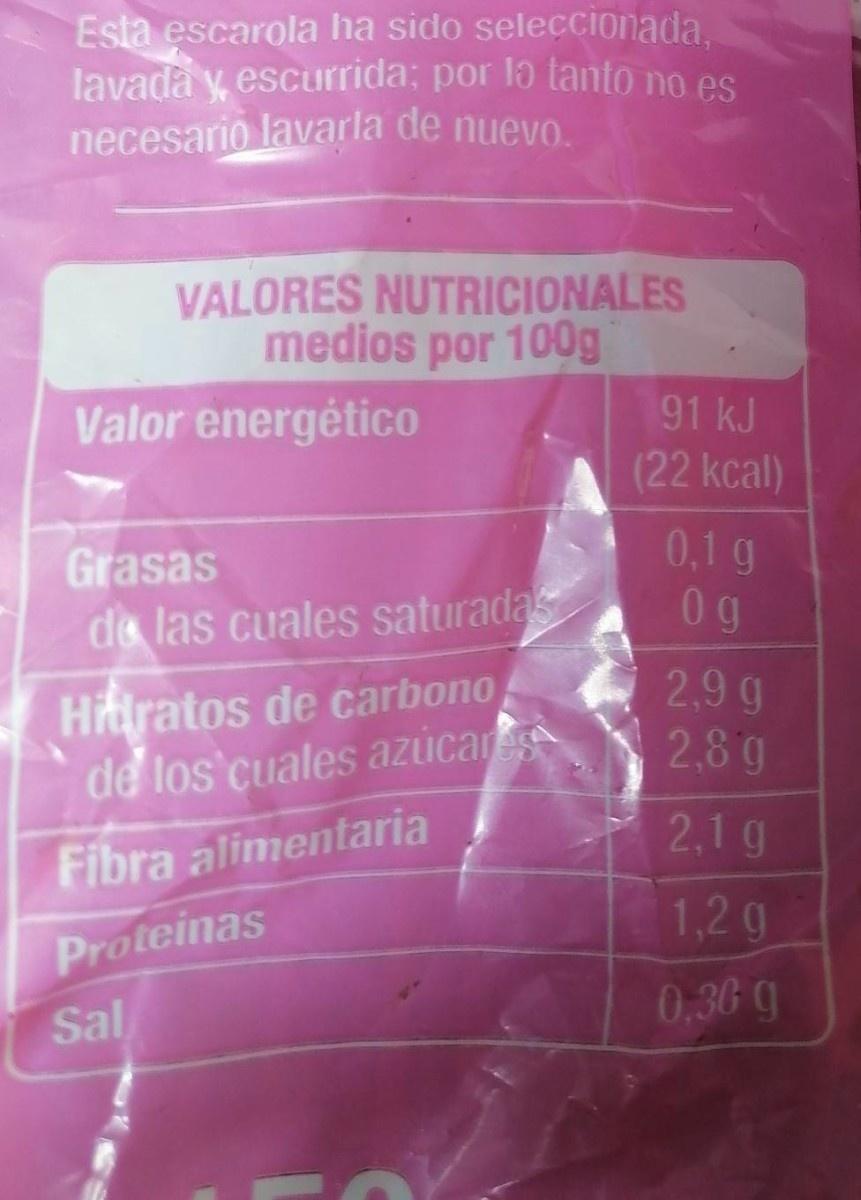
Esta escarola ha sido seleccionada. lavada y, escurrida; por lɔ tanto no es necesario lavarla de nuevo.
VALORES NUTRICIONALES medios por 100g
Valor energético
91 kJ (22 kcal)
Grasas de las cuales saturada
0,1 g 0g
Hitratos de carbono de los cuales azúcar
2,9 g 2,8g
2.1g
Fibra alimentaria
1,2 g
Proteinas
Sal
0,36 g